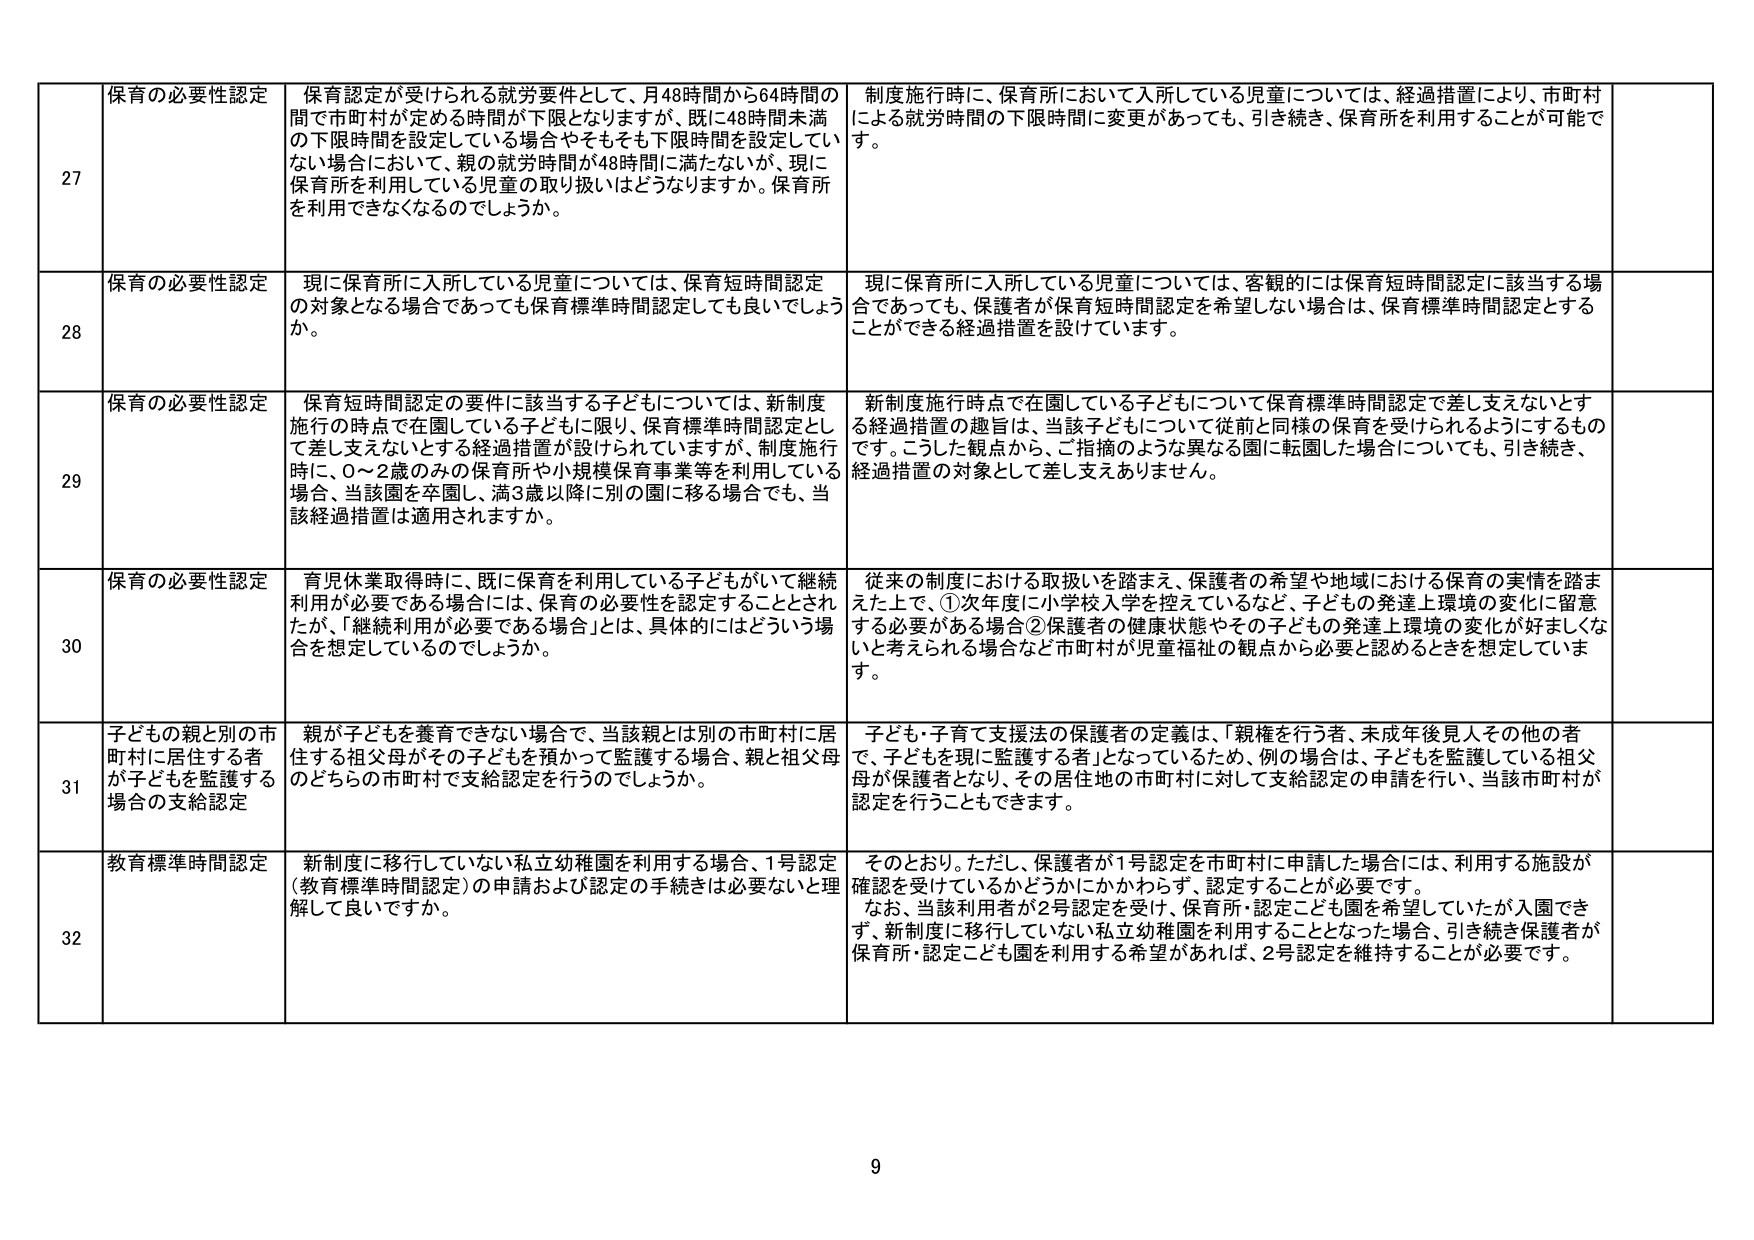
27 保育の必要性認定 保育認定が受けられる就労要件として、月48時間から64時間の間で市町村が定める時間が下限となりますか、既に48時間未満の下限時間を設定している場合やそもそも下限時間を設定していない場合において、親の就労時間が48時間に満たないが、現に保育所を利用している児童の取り扱いはどうなりますか。保育所を利用できなくなるのでしょうか。 制度施行時に、保育所において入所している児童については、経過措置により、市町村による就労時間の下限時間に変更があっても、引き続き、保育所を利用することが可能です。

28 保育の必要性認定 現に保育所に入所している児童については、保育短時間認定の対象となる場合であっても保育標準時間認定しても良いでしょうか。 現に保育所に入所している児童については、客観的には保育短時間認定に該当する場合であっても、保護者が保育短時間認定を希望しない場合は、保育標準時間認定とすることができる経過措置を設けています。

29 保育の必要性認定 保育短時間認定の要件に該当する子どもについては、新制度施行の時点で在園している子どもに限り、保育標準時間認定として差し支えないとする経過措置が設けられていますが、制度施行時に、0～2歳のみの保育所や小規模保育事業等を利用している場合、当該園を卒園し、満3歳以降に別の園に移る場合でも、当該経過措置は適用されますか。 新制度施行時点で在園している子どもについて保育標準時間認定で差し支えないとする経過措置の趣旨は、当該子どもについて従前と同様の保育を受けられるようにするものです。こうした観点から、ご指摘のような異なる園に転園した場合についても、引き続き、経過措置の対象として差し支えありません。

30 保育の必要性認定 育児休業取得時に、既に保育を利用している子どもがいて継続利用が必要である場合には、保育の必要性を認定することとされ たが、「継続利用が必要である場合」とは、具体的にはどういう場合を想定しているのでしょうか。 従来の制度における取扱いを踏まえ、保護者の希望や地域における保育の実情を踏まえた上で、①次年度に小学校入学を控えているなど、子どもの発達上環境の変化に留意する必要がある場合②保護者の健康状態やその子どもの発達上環境の変化が好ましくないと考えられる場合など市町村が児童福祉の観点から必要と認めるときを想定しています。

31 子どもの親と別の市町村に居住する者が子どもを監護する場合の支給認定 親が子どもを養育できない場合で、当該親とは別の市町村に居住する祖父母がその子どもを預かって監護する場合、親と祖父母のどちらの市町村で支給認定を行うのでしょうか。 子ども・子育て支援法の保護者の定義は、「親権を行う者、未成年後見人その他の者で、子どもを現に監護する者」となっているため、例の場合は、子どもを監護している祖父母が保護者となり、その居住地の市町村に対して支給認定の申請を行い、当該市町村が認定を行うこともできます。

32 教育標準時間認定 新制度に移行していない私立幼稚園を利用する場合、1号認定（教育標準時間認定）の申請および認定の手続きは必要ないと理解して良いですか。 そのとおり。ただし、保護者が1号認定を市町村に申請した場合には、利用する施設が確認を受けているかどうかにかかわらず、認定することが必要です。 なお、当該利用者が2号認定を受け、保育所・認定こども園を希望していたが入園できず、新制度に移行していない私立幼稚園を利用することとなった場合、引き続き保護者が保育所・認定こども園を利用する希望があれば、2号認定を維持することが必要です。

9